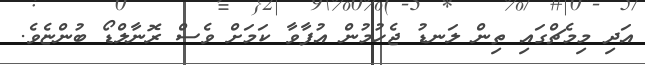
އަދި މިމެޗްގައި ތިން ލަނޑު ޖެހުމުން އުފާވާ ކަމަށް ވެސް ރޮނާލްޑޯ ބުންޏެވެ.